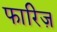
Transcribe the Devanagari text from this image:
फारिज़